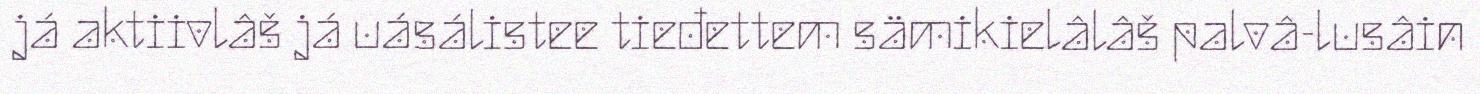
já aktiivlâš já uásálistee tieđettem sämikielâlâš palvâ-lusâin